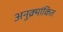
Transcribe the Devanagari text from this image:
अनुक्र्मांकित